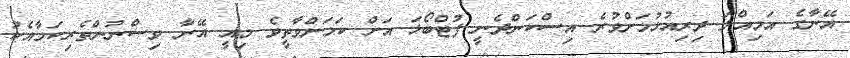
އޭނާގެ އަމިއްލަ ދިރިއުޅުމަށްވުރެ އިސްކަންދެނީ ފުޓްބޯޅަ އަށް ކަމަށްވާތީވެ މިއީ އޭނާ ވިސްނުންތެރިކަމާއެކު